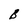
Character: B